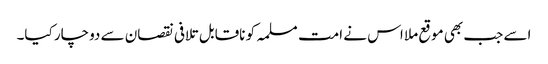
اسے جب بھی موقع ملا اس نے امت مسلمہ کو ناقابل تلافی نقصان سے دوچار کیا۔